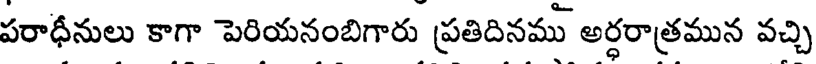
పరాధీనులు కాగా పెరియనంబిగారు ప్రతిదినము అర్ధరాత్రమున వచ్చి